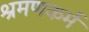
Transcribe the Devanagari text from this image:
श्रमणकर्म